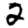
Digit: 2